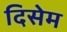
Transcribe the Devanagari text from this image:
दिसेम